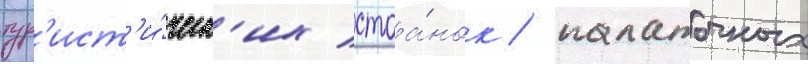
тур'ист'и́ческ'их стоа́нок / палаточных